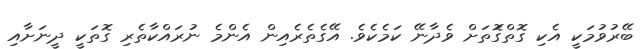
ބޭރުވުމަކީ އެކި ގޮތްގޮަތަށް ވެދާނޭ ކަމެކެވެ. އޭގެތެރެއިން އެންމެ ނުރައްކާތެރި ގޮތަކީ ދީނަށާއި